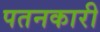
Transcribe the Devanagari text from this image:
पतनकारी